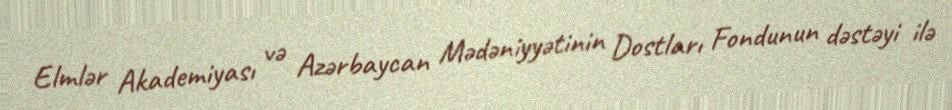
Elmlər Akademiyası və Azərbaycan Mədəniyyətinin Dostları Fondunun dəstəyi ilə